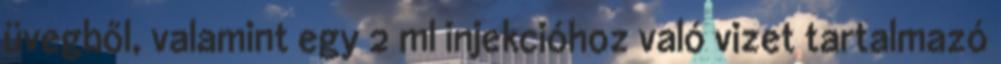
üvegből, valamint egy 2 ml injekcióhoz való vizet tartalmazó